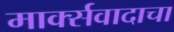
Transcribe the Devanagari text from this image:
मार्क्‍सवादाचा